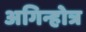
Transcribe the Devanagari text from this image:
अगिन्होत्र